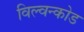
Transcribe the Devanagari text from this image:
विल्वन्कोड